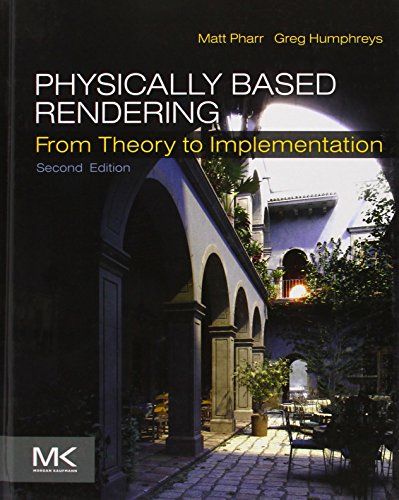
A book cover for Physically Based Rendering, Second Edition: From Theory To Implementation; Matt Pharr; Computers & Technology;